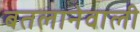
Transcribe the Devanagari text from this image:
बतलानेवाली